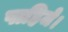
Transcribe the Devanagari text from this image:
पाहिजे।